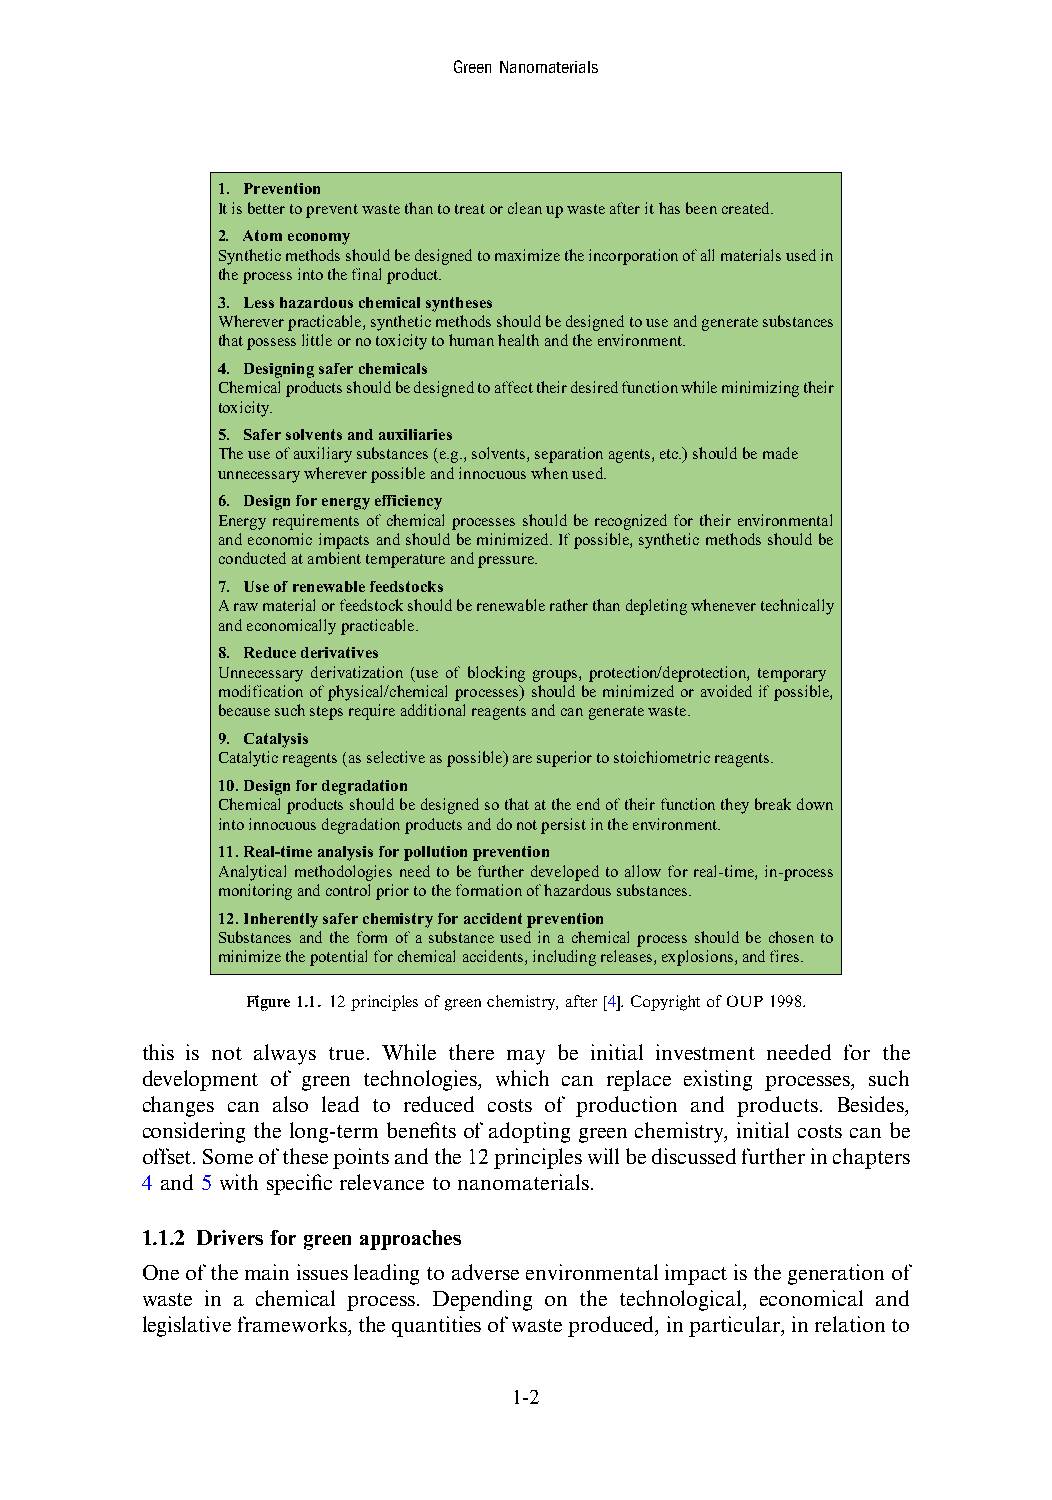
GreenNanomaterials
 1. Prevention
 It is better to prevent waste than to treat or clean up waste after it has been created.
 2. Atom economy
 Synthetic methods should be designed to maximize the incorporation of all materials used in
 the process into the final product.
 3. Less hazardous chemical syntheses
 Wherever practicable, synthetic methods should be designed to use and generate substances
 that possess little or no toxicity to human health and the environment.
 4. Designing safer chemicals
 Chemical products should be designed to affect their desired function while minimizing their
 toxicity.
 5. Safer solvents and auxiliaries
 The use of auxiliary substances (e.g., solvents, separation agents, etc.) should be made
 unnecessary wherever possible and innocuous when used.
 6. Design for energy efficiency
 Energy requirements of chemical processes should be recognized for their environmental
 and economic impacts and should be minimized. If possible, synthetic methods should be
 conducted at ambient temperature and pressure.
 7. Use of renewable feedstocks
 A raw material or feedstock should be renewable rather than depleting whenever technically
 and economically practicable.
 8. Reduce derivatives
 Unnecessary derivatization (use of blocking groups, protection/deprotection, temporary
 modification of physical/chemical processes) should be minimized or avoided if possible,
 because such steps require additional reagents and can generate waste.
 9. Catalysis
 Catalytic reagents (as selective as possible) are superior to stoichiometric reagents.
 10.Design for degradation
 Chemical products should be designed so that at the end of their function they break down
 into innocuous degradation products and do not persist in the environment.
 11.Real-time analysis for pollution prevention
 Analytical methodologies need to be further developed to allow for real-time, in-process
 monitoring and control prior to the formation of hazardous substances.
 12.Inherently safer chemistry for accident prevention
 Substances and the form of a substance used in a chemical process should be chosen to
 minimize the potential for chemical accidents, including releases, explosions, and fires.
 Figure1.1. 12principlesofgreenchemistry,after[4].CopyrightofOUP1998.
 this is not always true. While there may be initial investment needed for the
 development of green technologies, which can replace existing processes, such
 changes can also lead to reduced costs of production and products. Besides,
 considering the long-term benefits of adopting green chemistry, initial costs can be
 offset.Someofthesepointsandthe12principleswillbediscussedfurtherinchapters
 4 and 5 with specific relevance to nanomaterials.
 1.1.2 Drivers for green approaches
 Oneofthemainissuesleadingtoadverseenvironmentalimpactisthegenerationof
 waste in a chemical process. Depending on the technological, economical and
 legislativeframeworks,thequantitiesofwasteproduced,inparticular,inrelationto
 1-2